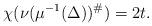
LaTeX: \begin{align*}\chi(\nu(\mu^{-1}(\Delta))^\#) = 2t.\end{align*}